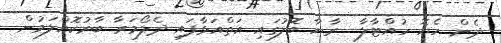
ދެން ހެޔޮ ހުއްޓާލާ  ރާޔާ ބޮލުގައި އަތްއަޅާފައި ދެލޯމަރާ ބާރުކޮއްލަމުން